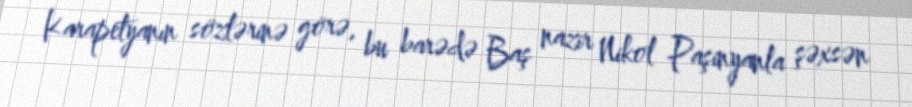
Karapetyanın sözlərinə görə, bu barədə Baş nazir Nikol Paşinyanla şəxsən